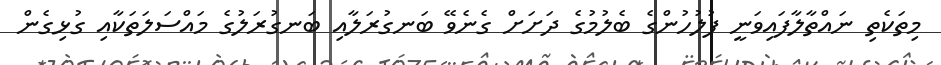
މިތަކެތި ނައްތާލާފައިވަނީ ފުލުހުންގެ ބެލުމުގެ ދަށަށް ގެނެވޭ ބަނގުރަލާއި ބަނގުރަލުގެ މައްސަލަތަކާއި ގުޅިގެން